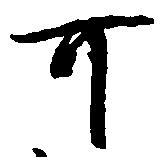
可